Plague in India, 1896, 1897 - Volume 3
Year: 1896
Disease focus: Plague
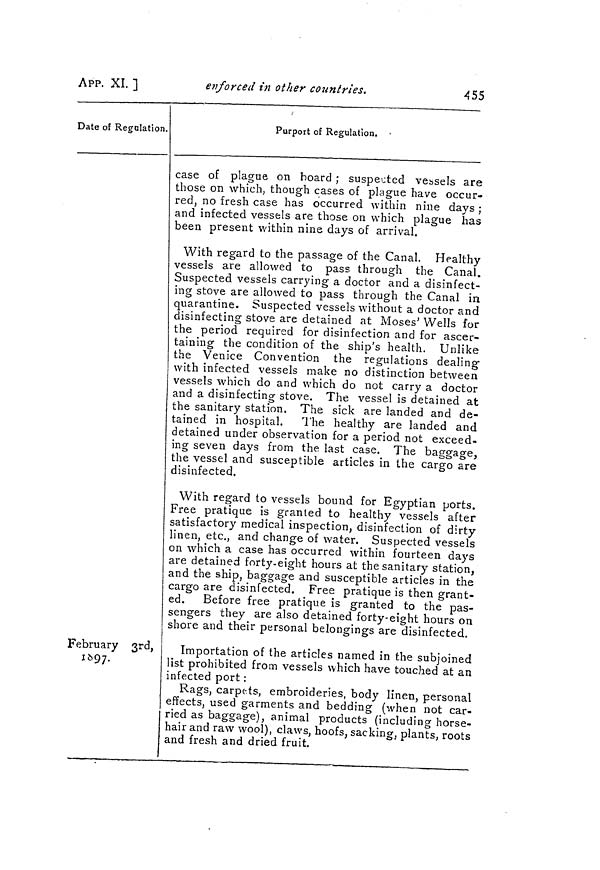
455
APP. XI. l
enforced in other countries.
Date of Regulation.
February 3rd,
1697.
Purport of Regulation.
case of plague on hoard ; suspected vessels are
those on which, though cases of plague have occur-
red, no fresh case has occurred within nine days ;
and infected vessels are those on which plague has
been present within nine days of arrival.
With regard to the passage of the Canal. Healthy
vessels are allowed to pass through the Canal.
Suspected vessels carrying a doctor and a disinfect-
ing stove are allowed to pass through the Canal in
quarantine. Suspected vessels without a doctor and
disinfecting stove are detained at Moses' Wells for
the period required for disinfection and for ascer-
taining the condition of the ship's health. Unlike
the Venice Convention the regulations dealing
with infected vessels make no distinction between
vessels which do and which do not carry a doctor
and a disinfecting stove. The vessel is detained at
the sanitary station. The sick are landed and de-
tained in hospital. The healthy are landed and
detained under observation for a period not exceed-
ing seven days from the last case. The baggage,
the vessel and susceptible articles in the cargo are
disinfected.
With regard to vessels bound for Egyptian ports.
Free pratique is granted to healthy vessels after
satisfactory medical inspection, disinfection of dirty
linen, etc., and change of water. Suspected vessels
on which a case has occurred within fourteen days
are detained forty-eight hours at the sanitary station,
and the ship, baggage and susceptible articles in the
cargo are disinfected. Free pratique is then grant-
ed. Before free pratique is granted to the pas-
sengers they are also detained forty-eight hours on
shore and their personal belongings are disinfected.
Importation of the articles named in the subjoined
list prohibited from vessels which have touched at an
infected port :
Rags, carpets, embroideries, body linen, personal
effects, used garments and bedding (when not car-
ried as baggage), animal products (including horse-
hair and raw wool), claws, hoofs, sacking, plants, roots
and fresh and dried fruit.